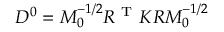
\begin{array} { r } { D ^ { 0 } = M _ { 0 } ^ { - 1 / 2 } R ^ { \mathrm { ~ T ~ } } K R M _ { 0 } ^ { - 1 / 2 } } \end{array}